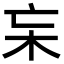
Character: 杗